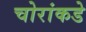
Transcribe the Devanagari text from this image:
चोरांकडे